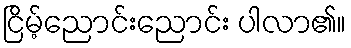
ငြိမ့်ညောင်းညောင်း ပါလာ၏။